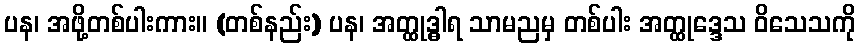
ပန၊ အဖို့တစ်ပါးကား။ (တစ်နည်း) ပန၊ အတ္ထုဒ္ဓါရ သာမညမှ တစ်ပါး အတ္ထုဒ္ဒေသ ဝိသေသကို